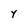
Character: Y